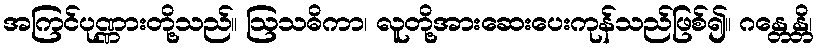
အကြင်ပုဏ္ဏားတို့သည်။ ဩသဓိကာ၊ လူတို့အားဆေးပေးကုန်သည်ဖြစ်၍။ ဂန္တေန္တိ၊